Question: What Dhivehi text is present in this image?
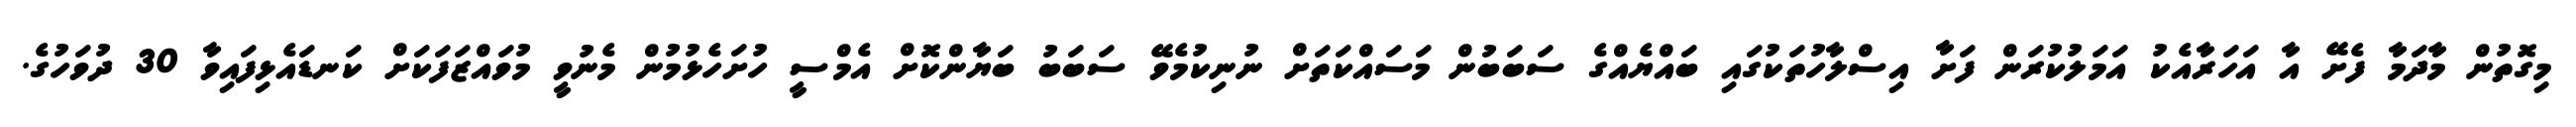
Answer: މިގޮތުން މާދަމާ ފެށޭ އާ އަހަރާއެކު އަމަލުކުރަން ފަށާ އިސްލާހުތަކުގައި ބައްޔެއްގެ ސަބަބުން މަސައްކަތަށް ނުނިކުމެވޭ ސަބަބު ބަޔާންކޮށް އެމްސީ ހުށަހެޅުމުން މެނުވީ މުވައްޒަފަކަށް ކަނޑައެޅިފައިވާ 30 ދުވަހުގެ.